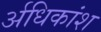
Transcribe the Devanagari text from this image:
र्अधिकांश